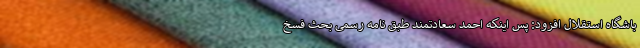
باشگاه استقلال افزود: پس اینکه احمد سعادتمند طبق نامه رسمی بحث فسخ